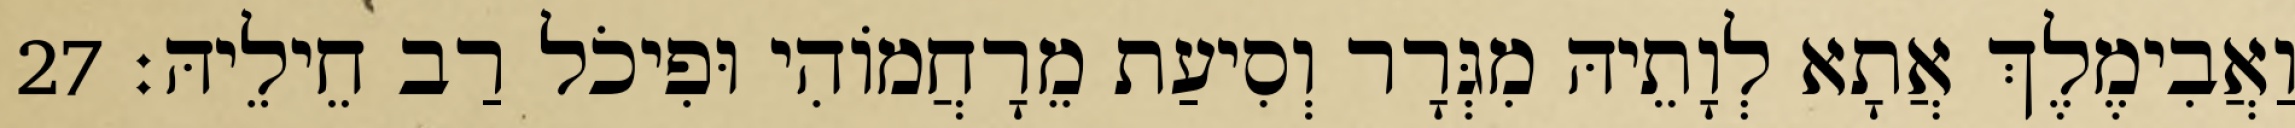
וַאֲבִימֶלֶךְ אֲתָא לְוָתֵיהּ מִגְּרָר וְסִיעַת מֵרָחֲמוֹהִי וּפִיכֹל רַב חֵילֵיהּ׃ 27